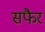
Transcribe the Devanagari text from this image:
सफैर